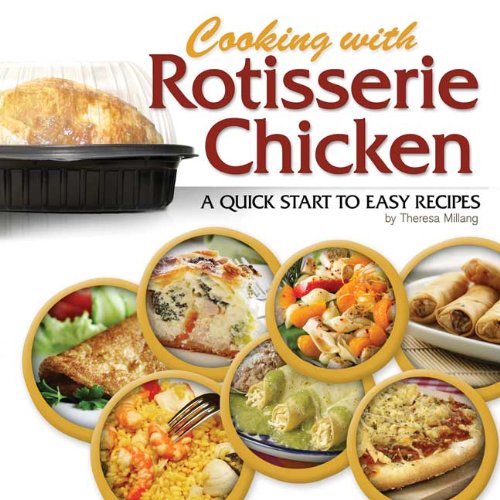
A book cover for Cooking with Rotisserie Chicken: A Quick Start to Easy Recipes; Theresa Millang; Cookbooks, Food & Wine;